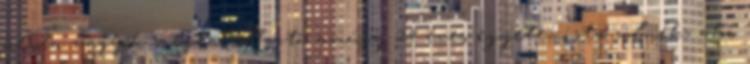
néven vagyok megtalálható, amúgy 24 éves egyetemista volnék, aki